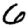
Digit: 6